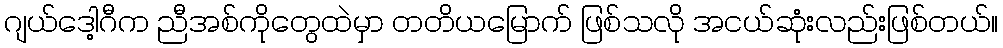
ဂျယ်ဒေါ့ဂီက ညီအစ်ကိုတွေထဲမှာ တတိယမြောက် ဖြစ်သလို အငယ်ဆုံးလည်းဖြစ်တယ်။